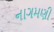
નાગમણી